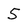
Character: 5